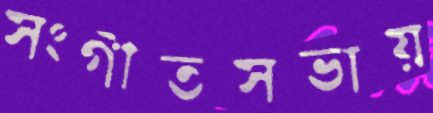
সংগীতসভায়